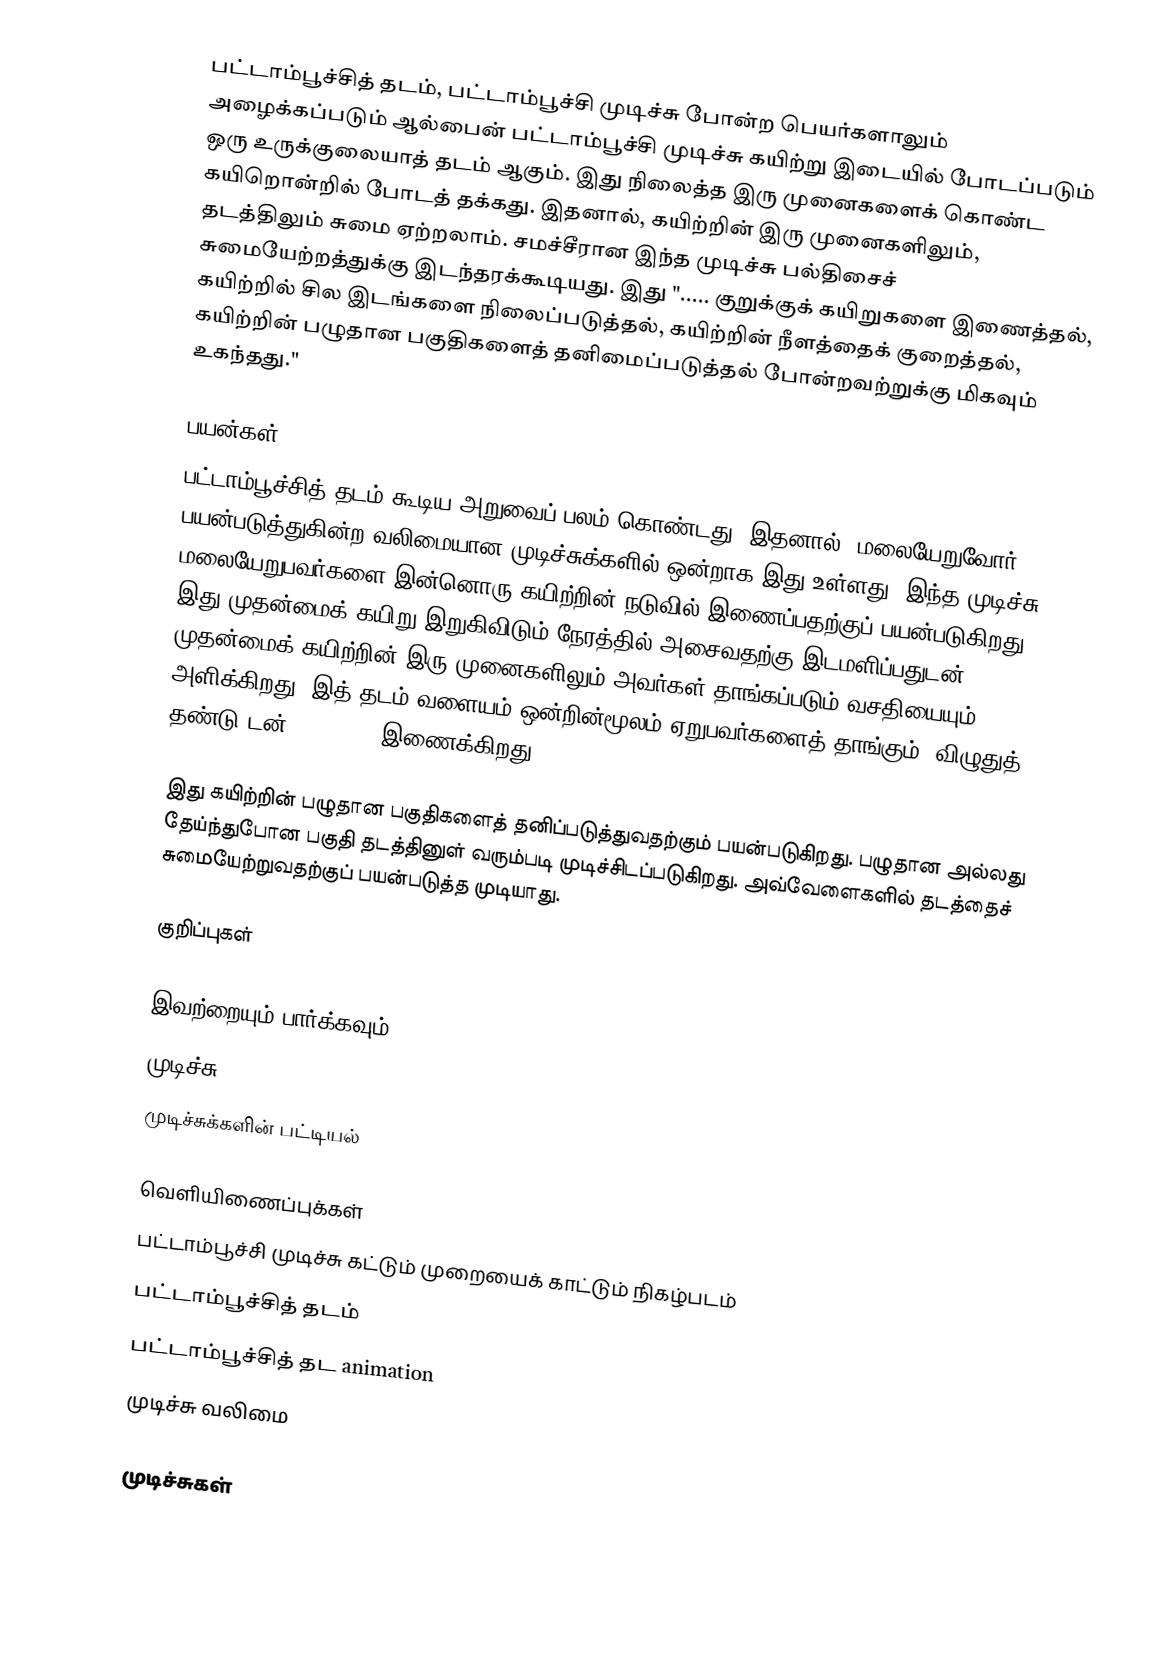
பட்டாம்பூச்சித் தடம், பட்டாம்பூச்சி முடிச்சு போன்ற பெயர்களாலும் அழைக்கப்படும் ஆல்பைன் பட்டாம்பூச்சி முடிச்சு கயிற்று இடையில் போடப்படும் ஒரு உருக்குலையாத் தடம் ஆகும். இது நிலைத்த இரு முனைகளைக் கொண்ட கயிறொன்றில் போடத் தக்கது. இதனால், கயிற்றின் இரு முனைகளிலும், தடத்திலும் சுமை ஏற்றலாம். சமச்சீரான இந்த முடிச்சு பல்திசைச் சுமையேற்றத்துக்கு இடந்தரக்கூடியது. இது "..... குறுக்குக் கயிறுகளை இணைத்தல், கயிற்றில் சில இடங்களை நிலைப்படுத்தல், கயிற்றின் நீளத்தைக் குறைத்தல், கயிற்றின் பழுதான பகுதிகளைத் தனிமைப்படுத்தல் போன்றவற்றுக்கு மிகவும் உகந்தது."

பயன்கள்
பட்டாம்பூச்சித் தடம் கூடிய அறுவைப் பலம் கொண்டது. இதனால், மலையேறுவோர் பயன்படுத்துகின்ற வலிமையான முடிச்சுக்களில் ஒன்றாக இது உள்ளது. இந்த முடிச்சு மலையேறுபவர்களை இன்னொரு கயிற்றின் நடுவில் இணைப்பதற்குப் பயன்படுகிறது. இது முதன்மைக் கயிறு இறுகிவிடும் நேரத்தில் அசைவதற்கு இடமளிப்பதுடன், முதன்மைக் கயிற்றின் இரு முனைகளிலும் அவர்கள் தாங்கப்படும் வசதியையும் அளிக்கிறது. இத் தடம் வளையம் ஒன்றின்மூலம் ஏறுபவர்களைத் தாங்கும் "விழுதுத் தண்டு"டன் (harness) இணைக்கிறது.

இது கயிற்றின் பழுதான பகுதிகளைத் தனிப்படுத்துவதற்கும் பயன்படுகிறது. பழுதான அல்லது தேய்ந்துபோன பகுதி தடத்தினுள் வரும்படி முடிச்சிடப்படுகிறது. அவ்வேளைகளில் தடத்தைச் சுமையேற்றுவதற்குப் பயன்படுத்த முடியாது.

குறிப்புகள்

இவற்றையும் பார்க்கவும்
 முடிச்சு
 முடிச்சுக்களின் பட்டியல்

வெளியிணைப்புக்கள்
 பட்டாம்பூச்சி முடிச்சு கட்டும் முறையைக்  காட்டும் நிகழ்படம்
 பட்டாம்பூச்சித் தடம்
 பட்டாம்பூச்சித் தட animation
 முடிச்சு வலிமை

முடிச்சுகள்